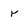
Character: r